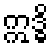
ဣဒ္ဓိ